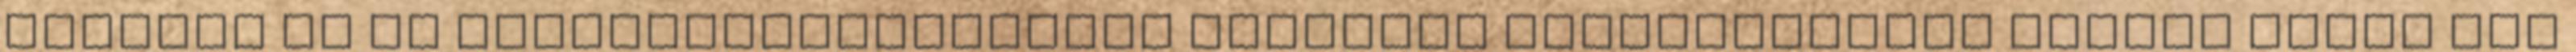
békéért és az erőszakmentességért harcolva revolverekből rakott össze egy